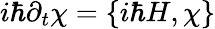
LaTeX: i\hbar\partial_{t}\chi=\{ i\hbar H,\chi\}